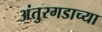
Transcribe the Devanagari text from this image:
अंतुरगडाच्या